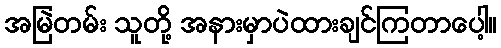
အမြဲတမ်း သူတို့ အနားမှာပဲထားချင်ကြတာပေါ့။